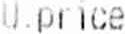
U.PRICE